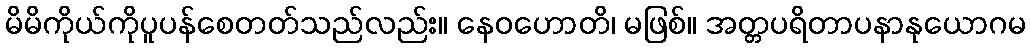
မိမိကိုယ်ကိုပူပန်စေတတ်သည်လည်း။ နေဝဟောတိ၊ မဖြစ်။ အတ္တပရိတာပနာနုယောဂမ